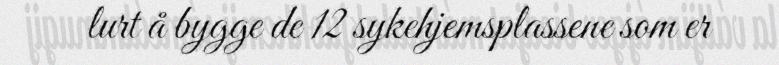
lurt å bygge de 12 sykehjemsplassene som er